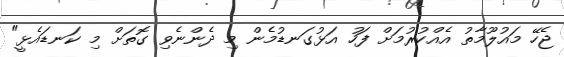
ޖެހޭ މައުލޫމާތު އެއްކުރުމަށް ފަހު އަޅުގަނޑުމެން މި ދެންނެވި ގޮތަށް މި ކަނޑައެޅީ"